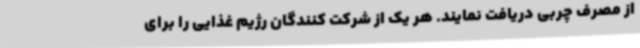
از مصرف چربی دریافت نمایند. هر یک از شرکت کنندگان رژیم غذایی را برای